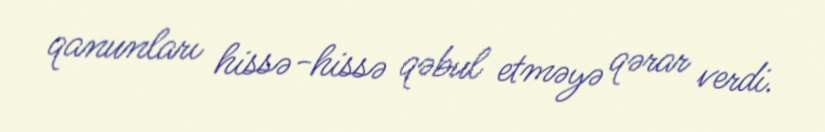
qanunları hissə-hissə qəbul etməyə qərar verdi.